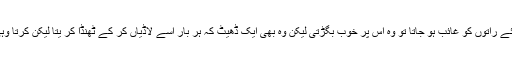
جب کبھی وہ بغیر بتائے راتوں کو غائب ہو جاتا تو وہ اس پر خوب بگڑتی لیکن وہ بھی ایک ڈھیٹ کہ ہر بار اسے لاڈیاں کر کے ٹھنڈا کر یتا لیکن کرتا وہی جو اس کا من چاہتا۔